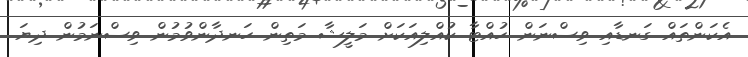
އެކަންތައް ގަނޑާއި ވިސްނަން ހުއްޓާ ކުއްލިއަކަށް މަލީޝާ މަތިން ހަނދާންވުމުން ވިސްނަމުން ދިޔަ